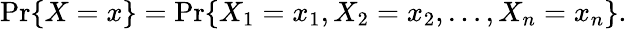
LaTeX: \operatorname*{Pr}\{ X=x\} =\operatorname*{Pr}\{ X_{1}=x_{1},X_{2}=x_{2},\ldots,X_{n}=x_{n}\} .